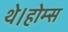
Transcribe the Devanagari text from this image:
थे।होम्स